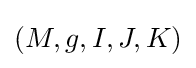
(M,g,I,J,K)